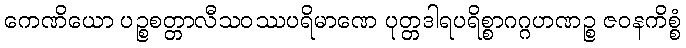
ကေဏိယော ပဉ္စစတ္တာလီသဝဿပရိမာဏေ ပုတ္တဒါရပရိစ္စာဂဂ္ဂဟဏဉ္စ ဇဝနကိစ္စံ